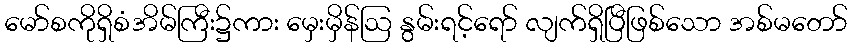
မော်စကိုရှိစံအိမ်ကြီး၌ကား မှေးမှိန်ဩ နွမ်းရင့်ရော် လျက်ရှိပြီဖြစ်သော အစ်မတော်